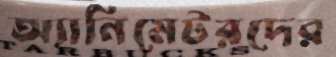
অ্যানিমেটরদের